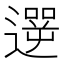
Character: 遻